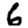
Digit: 6